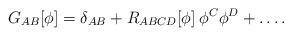
LaTeX: \begin{align*}G_{AB}[\phi]=\delta_{AB} + R_{ABCD}[\phi]\:\phi^{C}\phi^{D}+ \ldots .\end{align*}